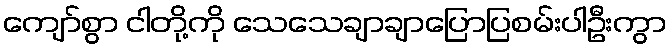
ကျော်စွာ ငါတို့ကို သေသေချာချာပြောပြစမ်းပါဦးကွာ